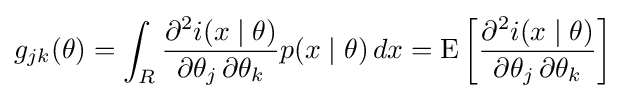
g_{jk}(\theta )=\int _{R}{\frac {\partial ^{2}i(x\mid \theta )}{\partial \theta _{j}\,\partial \theta _{k}}}p(x\mid \theta )\,dx=\mathrm {E} \left[{\frac {\partial ^{2}i(x\mid \theta )}{\partial \theta _{j}\,\partial \theta _{k}}}\right]